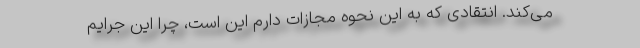
می‌کند. انتقادی که به این نحوه مجازات دارم این است، چرا این جرایم